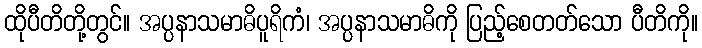
ထိုပီတိတို့တွင်။ အပ္ပနာသမာဓိပူရိကံ၊ အပ္ပနာသမာဓိကို ပြည့်စေတတ်သော ပီတိကို။